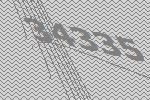
34335